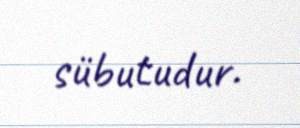
sübutudur.